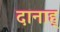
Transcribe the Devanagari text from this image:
दानाह्